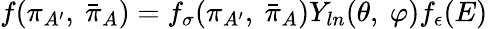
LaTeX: f(\pi_{A^{\prime}},\ {\bar{\pi}}_{A})=f_{\sigma}(\pi_{A^{\prime}},\ {\bar{\pi}}_{A})Y_{ln}(\theta,\ \varphi)f_{\epsilon}(E)